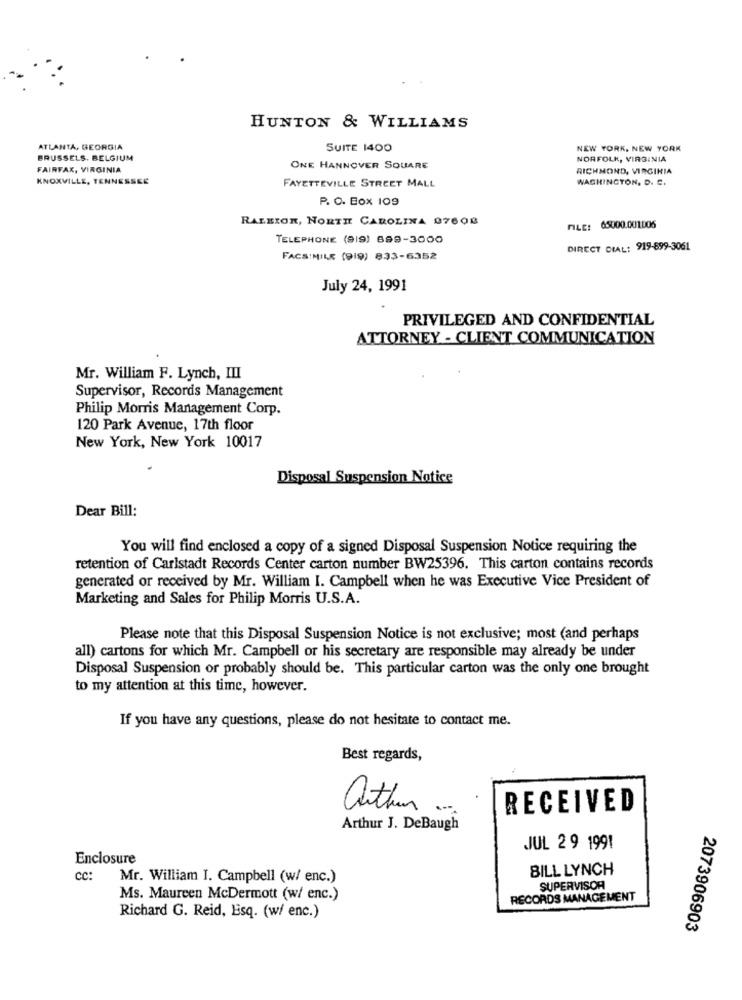
HUNTON & WILLIAMS
ATLANTA, GEORGIA
SUITE 1400
NEW YORK, NEW YORK
BRUSSELS, BELGIUM
NORFOLK, VIRGINIA
FAIRFAX, VIRGINIA
ONE HANNOVER SQUARE
RICHMOND, VIRGINIA
KNOXVILLE, TENNESSEE
FAYETTEVILLE STREET MALL
WASHINGTON, D. C.
P. O. Box 109
RALEION, NORTH CAROLINA 07608
FILE: 65000.001006
TELEPHONE (919) 899-3000
DIRECT DIAL: 919-899-3061
FACSIMILE (919) 833-6352
July 24, 1991
PRIVILEGED AND CONFIDENTIAL
ATTORNEY - CLIENT COMMUNICATION
Mr. William F. Lynch, III
Supervisor, Records Management
Philip Morris Management Corp.
120 Park Avenue, 17th floor
New York, New York 10017
Disposal Suspension Notice
Dear Bill:
You will find enclosed a copy of a signed Disposal Suspension Notice requiring the
retention of Carlstadt Records Center carton number BW25396. This carton contains records
generated or received by Mr. William I. Campbell when he was Executive Vice President of
Marketing and Sales for Philip Morris U.S.A.
Please note that this Disposal Suspension Notice is not exclusive; most (and perhaps
all) cartons for which Mr. Campbell or his secretary are responsible may already be under
Disposal Suspension or probably should be. This particular carton was the only one brought
to my attention at this time, however.
If you have any questions, please do not hesitate to contact me.
Best regards,
arthur
RECEIVED
Arthur J. DeBaugh
JUL 2 9 1991
Enclosure
BILL LYNCH
Cc:
Mr. William I. Campbell (w/ enc.)
SUPERVISOR
Ms. Maureen McDermott (w/ enc.)
RECORDS MANAGEMENT
Richard G. Reid, Esq. (w/ enc.)
2073906903